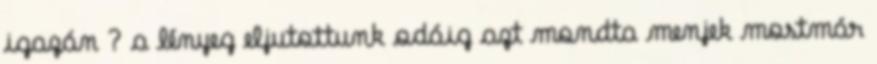
igazán ? a lényeg eljutottunk odáig azt mondta menjek mostmár